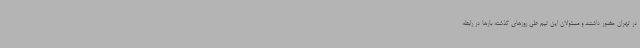
در تهران حضور داشتند و مسئولان این تیم طی روزهای گذشته بارها در رابطه